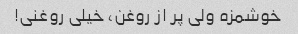
خوشمزه ولی پر از روغن، خیلی روغنی!